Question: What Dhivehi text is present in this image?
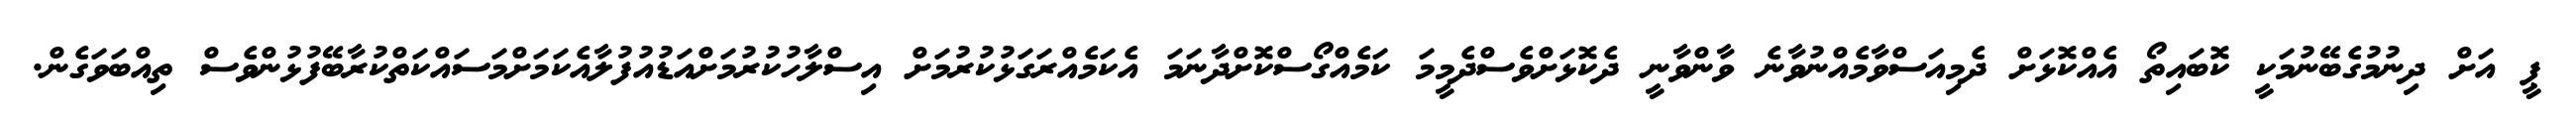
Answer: ޕީ އަށް ދިނުމުގެބޭނުމަކީ ކޮބައިތޯ އެއްކޮޅަށް ދެމިއަސްވާމެއްނުވާނެ ވާންވާނީ ދެކޮޅަށްވެސްދެމީމަ ކަމެއްގޯސްކޮށްދާނަމަ އެކަމެއްރަގަޅުކުރުމަށް އިސްލާހުކުރުމަށްއަޑުއުފުލާއެކަމަށްމަސައްކަތްކުރާބޭފުޅުންވެސް ތިއްބަވަގެން.